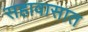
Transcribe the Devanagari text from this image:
सहावासात